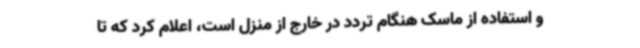
و استفاده از ماسک هنگام تردد در خارج از منزل است، اعلام کرد که تا